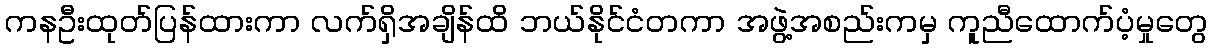
ကနဦးထုတ်ပြန်ထားကာ လက်ရှိအချိန်ထိ ဘယ်နိုင်ငံတကာ အဖွဲ့အစည်းကမှ ကူညီထောက်ပံ့မှုတွေ